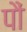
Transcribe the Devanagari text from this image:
पौं